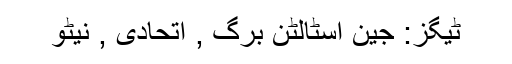
ٹیگز: جین اسٹالٹن برگ , اتحادی , نیٹو